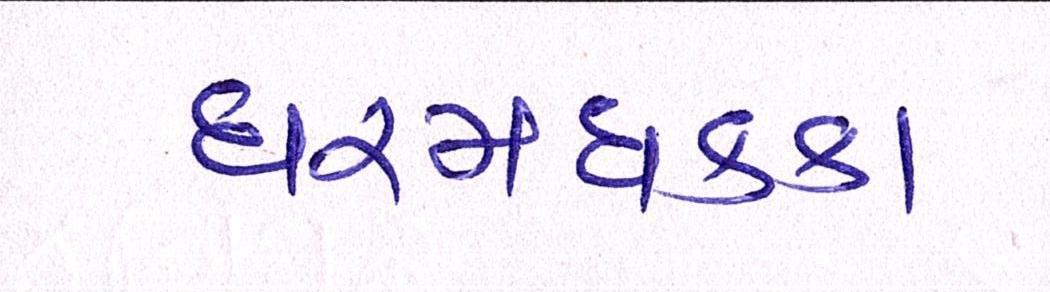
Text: ધરમધકકા